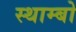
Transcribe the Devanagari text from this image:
स्थाम्बो